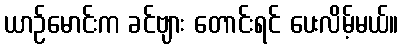
ယာဉ်မောင်းက ခင်ဗျား တောင်းရင် ပေးလိမ့်မယ်။